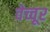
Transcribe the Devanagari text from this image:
वेच्चूर